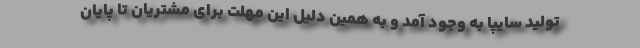
تولید سایپا به وجود آمد و به همین دلیل این مهلت برای مشتریان تا پایان